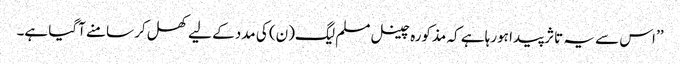
’’ اس سے یہ تاثر پیدا ہورہا ہے کہ مذکورہ چینل مسلم لیگ(ن) کی مدد کے لیے کھل کر سامنے آگیا ہے۔